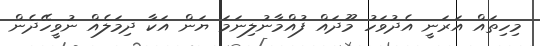
މިހިތައް އަރަނީ އެދުވަހު މޫދައް ފުއްމާނުލިނަމަ ޔަން އަކާ ދިމަލެއް ނުވީހޭދެން